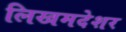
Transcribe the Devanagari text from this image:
लिखमदेशर